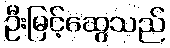
ဦးမြင့်ဆွေသည်